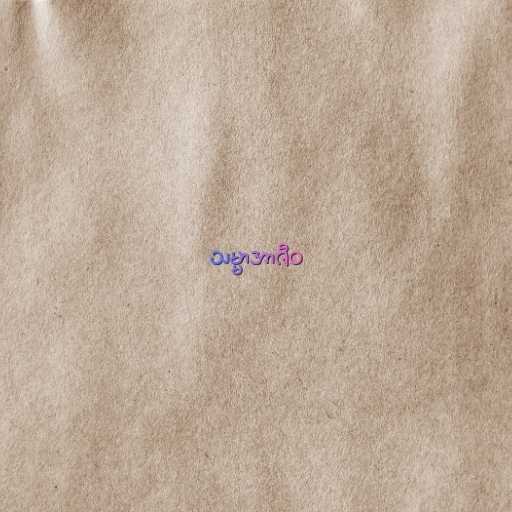
သမ္မာအာဇီဝ